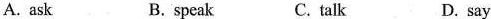
A. ask B. speak C. talk D. say